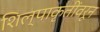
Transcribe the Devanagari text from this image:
शिल्पाकृतींवरून